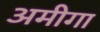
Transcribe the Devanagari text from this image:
अमीगा